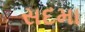
સદમા